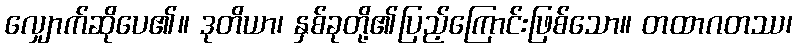
လျှောက်ဆိုပေ၏။ ဒုတိယာ၊ နှစ်ခုတို့၏ပြည့်ကြောင်းဖြစ်သော။ တထာဂတဿ၊